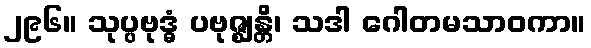
၂၉၆။ သုပ္ပဗုဒ္ဓံ ပဗုဇ္ဈန္တိ၊ သဒါ ဂေါတမသာဝကာ။